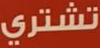
تشتري